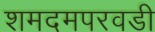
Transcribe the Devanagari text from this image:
शमदमपरवडी